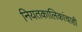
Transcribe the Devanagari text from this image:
नियतकालिकांचाही